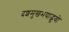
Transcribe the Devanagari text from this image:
दशमुखभयाद्भुवो